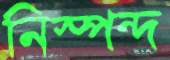
নিস্পন্দ